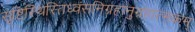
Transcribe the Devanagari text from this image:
सृष्टिस्थिस्तिध्वंसनिग्रहानुग्रहात्मकम्